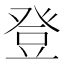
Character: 登